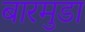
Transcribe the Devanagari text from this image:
बारमुडा